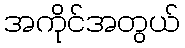
အကိုင်အတွယ်